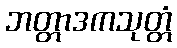
ဘတ္တာဒကသုတ္တံ